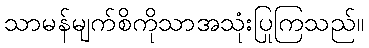
သာမန်မျက်စိကိုသာအသုံးပြုကြသည်။